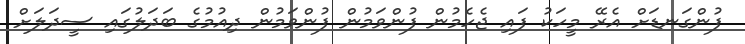
ފުންގަނޑަށް އެރޭ މީހަކު ފައި ޖެހެމުން ފުންވަމުން ފުންވަމުން ދިއުމުގެ ބަދަލުގައި ސީދަލަށް